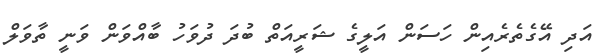
އަދި އޭގެތެރެއިން ހަސަން އަލީގެ ޝަރީއަތް ބުދަ ދުވަހު ބާއްވަން ވަނީ ތާވަލް